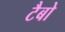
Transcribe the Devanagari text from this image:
टैबो